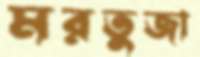
মরতুজা